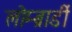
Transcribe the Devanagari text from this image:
लोम्ब्रार्डी